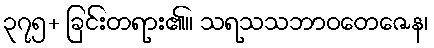
၃၇၅+ ခြင်းတရား၏။ သရသသဘာဝတေဇေန၊